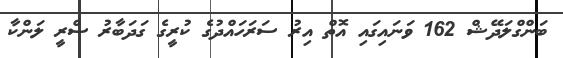
ބަންގްލަދޭޝް 162 ވަނައިގައި އޮތް އިރު ސަރަހައްދުގެ ކުރީގެ ގަދަބާރު ސްރީ ލަންކާ